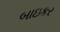
બાઇકર